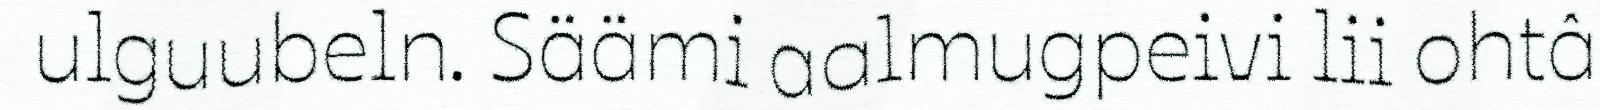
ulguubeln. Säämi aalmugpeivi lii ohtâ